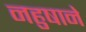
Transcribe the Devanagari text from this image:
नहुषाने